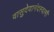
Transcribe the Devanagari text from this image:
वासुदेवानंदस्वामी